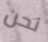
نحن